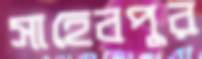
সাহেবপুর